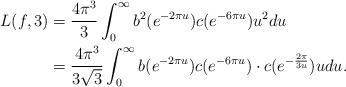
LaTeX: \begin{align*}L(f, 3) &= \frac{4\pi^{3} }{3} \int_{0}^{\infty} b^{2}(e^{-2\pi u}) c(e^{-6\pi u}) u^{2} du \\&= \frac{4\pi^{3}}{3\sqrt{3}} \int_{0}^{\infty} b (e^{-2\pi u}) c(e^{-6\pi u}) \cdot c(e^{- \frac{2\pi}{3u}}) u du. \end{align*}